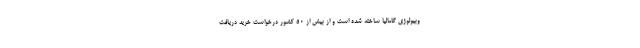
وبیولوژی گامالیا ساخته شده است و از بیش از 50 کشور درخواست خرید دریافت